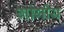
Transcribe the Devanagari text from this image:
गांगीय